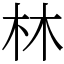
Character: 林